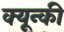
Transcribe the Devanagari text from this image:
क्यून्की